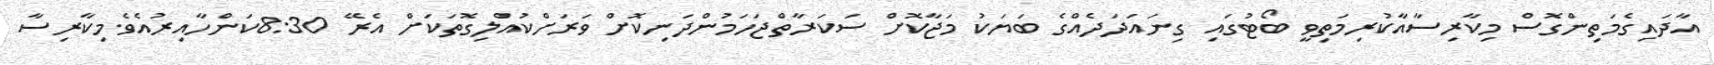
އާދައިގެމަތިންގޮސް މިކާރިސާއާކުރިމަތިވީ ބޯޓުގައި ގިނައަދަދެއްގެ ބަޔަކު މަޖާކޮށް ސަކަރާތްޖަހަމުންދަނިކޮށް ވަރަށްކުއްލިގޮތަކަށް އެރޭ 8:30ކަންހާއިރުއެވެ.މިކާރިސާ